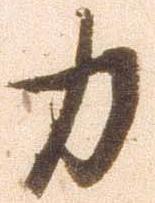
力